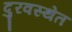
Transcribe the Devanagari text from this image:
दुरवस्थेत